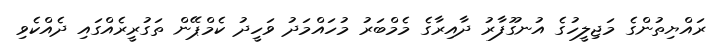
ރައްޔިތުންގެ މަޖިލީހުގެ އުނގޫފާރު ދާއިރާގެ މެމްބަރު މުހައްމަދު ވަހީދު ކެމްޕޭން ތަގުރީރެއްގައި ދެއްކެވި